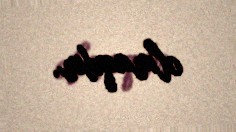
olmaqdır.